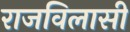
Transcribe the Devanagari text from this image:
राजविलासी